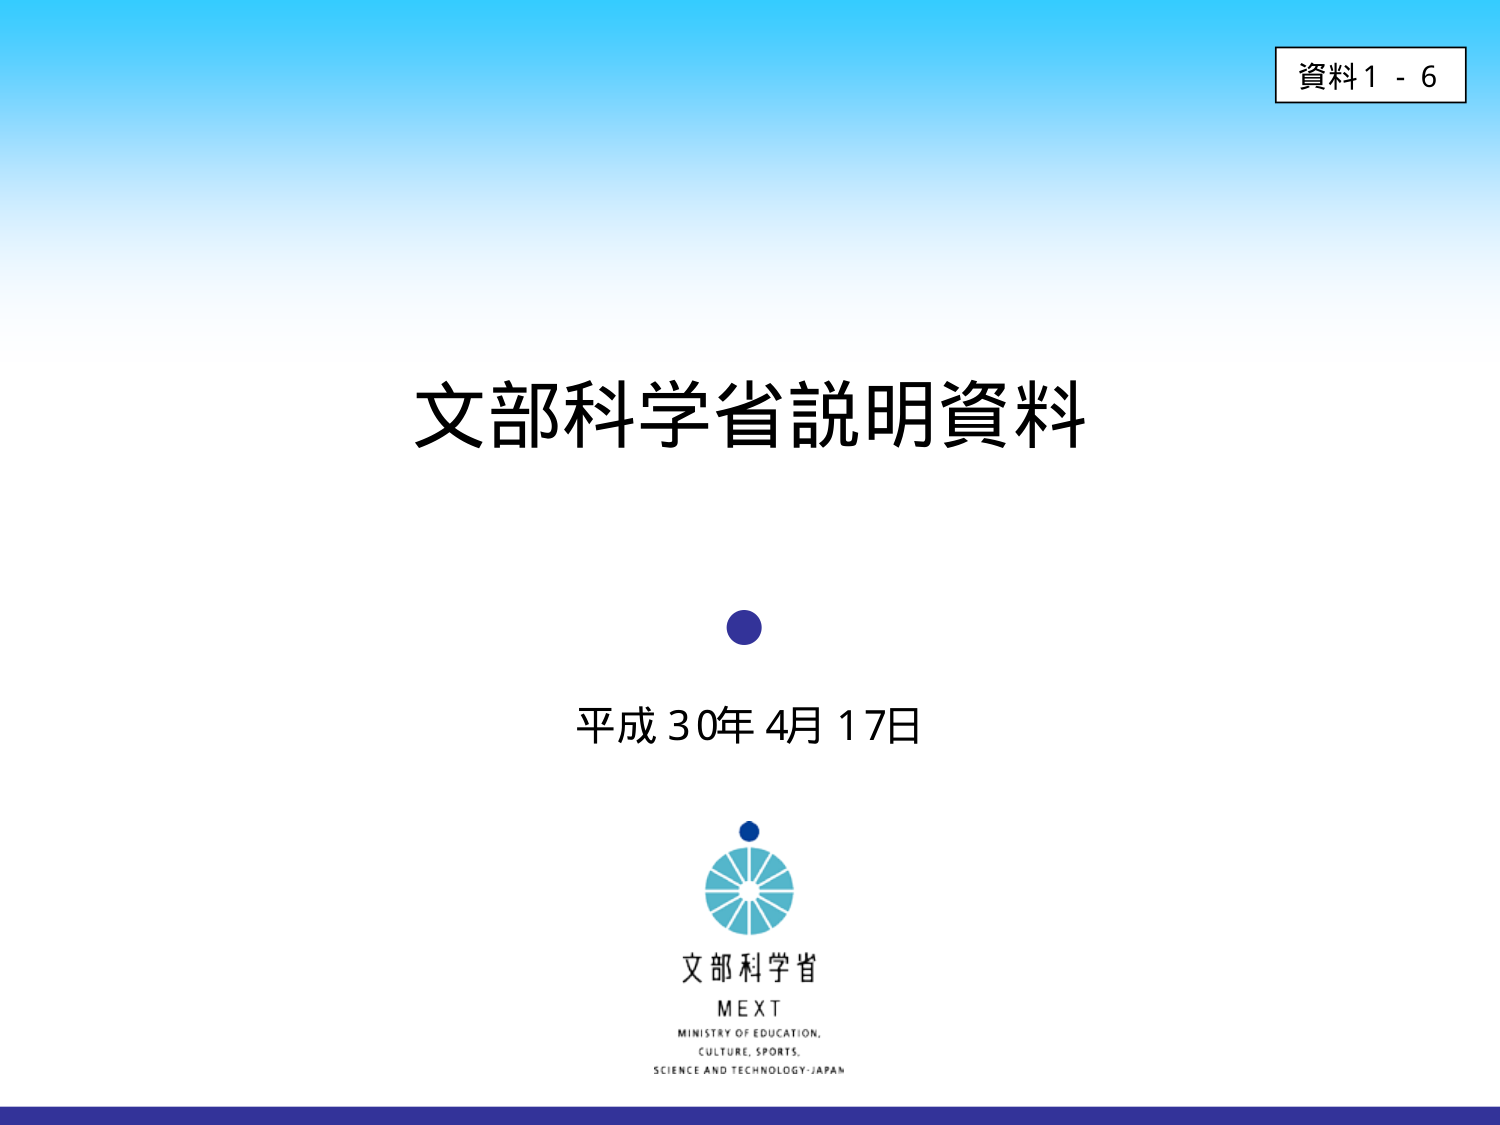
資料1 - 6
文部科学省説明資料
平成30年4月17日
文部科学省
MEXT
MINISTRY OF EDUCATION,
CULTURE, SPORTS,
SCIENCE AND TECHNOLOGY JAPAN